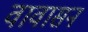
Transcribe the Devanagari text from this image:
वावासन